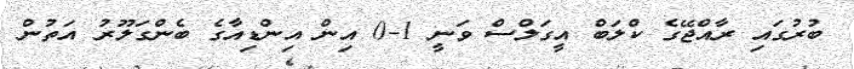
ބުރުގައި ރާއްޖޭގެ ކްލަބް އީގަލްސް ވަނީ 1-0 އިން އިންޑިއާގެ ބެންގަލޫރު އަތުން